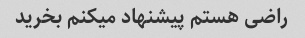
راضی هستم پیشنهاد میکنم بخرید